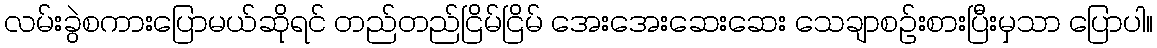
လမ်းခွဲစကားပြောမယ်ဆိုရင် တည်တည်ငြိမ်ငြိမ် အေးအေးဆေးဆေး သေချာစဉ်းစားပြီးမှသာ ပြောပါ။